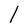
Character: l